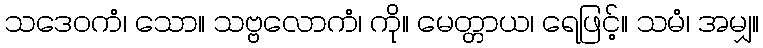
သဒေဝကံ၊ သော။ သဗ္ဗလောကံ၊ ကို။ မေတ္တာယ၊ ရေဖြင့်။ သမံ၊ အမျှ။